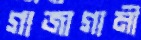
গাজাগামী